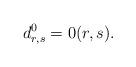
LaTeX: \begin{align*}d^0_{r,s}=0(r,s).\end{align*}